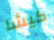
كيشا